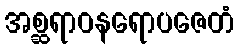
အစ္ဆရာဝနရောပဇေတံ